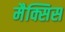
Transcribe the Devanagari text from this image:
मैक्सिस